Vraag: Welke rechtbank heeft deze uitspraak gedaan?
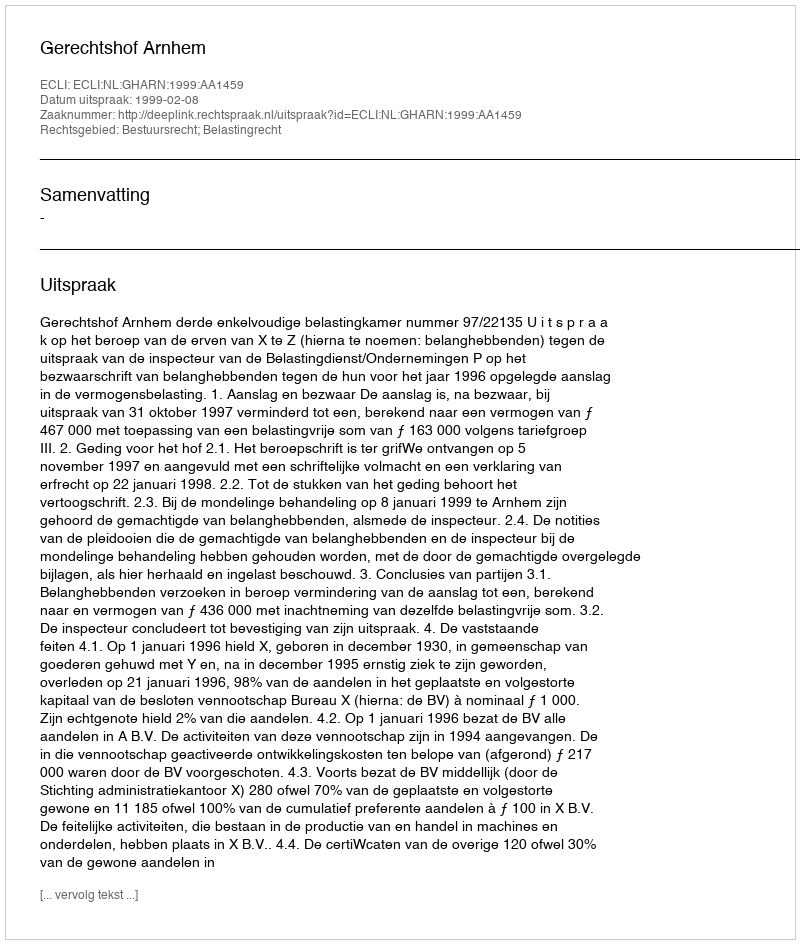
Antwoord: Gerechtshof Arnhem